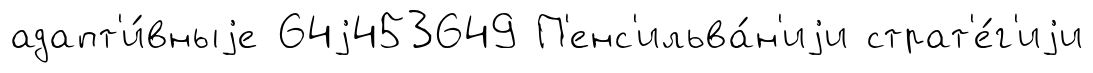
адапт'и́вныjе 64j453649 П'енс'ильва́н'иjи страт'е́г'иjи